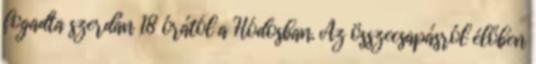
fogadta szerdán 18 órától a Hódosban. Az összecsapásról élőben